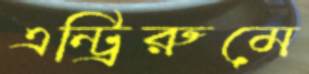
এন্ট্রিরুমে